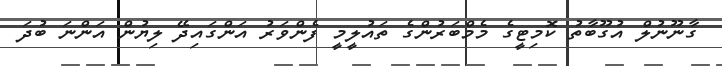
ގާނޫނުލް އުގޫބާތު ކޮމިޓީގެ މެމްބަރުންގެ ތައުލީމީ ފެންވަރު އަންގައިދޭ ލިޔުން އަންނަ ބުދަ